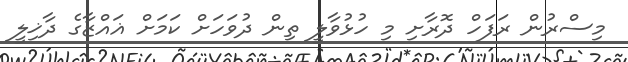
މިސްރުން ރަފަހް ދޮރާށި މި ހުޅުވާލީ ތިން ދުވަހަށް ކަމަށް ޣައްޒާގެ ދާޚިލީ